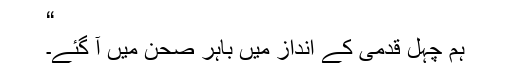
“
ہم چہل قدمی کے انداز میں باہر صحن میں آ گئے۔